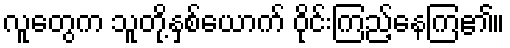
လူတွေက သူတို့နှစ်ယောက် ဝိုင်းကြည့်နေကြ၏။